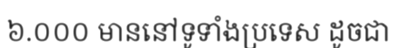
៦.០០០ មាននៅទូទាំងប្រទេស ដូចជា